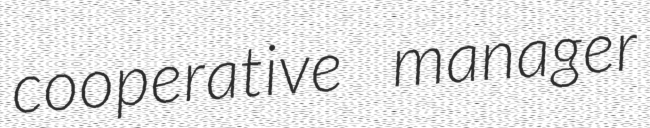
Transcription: cooperative manager